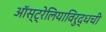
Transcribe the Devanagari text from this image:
ऑस्ट्रेलियाविरुद्धची